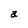
Character: a